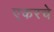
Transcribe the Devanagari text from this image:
एकरचे